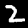
Digit: 2